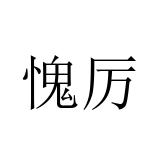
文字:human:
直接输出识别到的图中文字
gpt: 愧厉